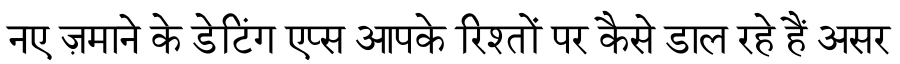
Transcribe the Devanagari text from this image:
नए ज़माने के डेटिंग एप्स आपके रिश्तों पर कैसे डाल रहे हैं असर